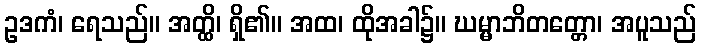
ဥဒကံ၊ ရေသည်။ အတ္ထိ၊ ရှိ၏။ အထ၊ ထိုအခါ၌။ ဃမ္မာဘိတတ္တော၊ အပူသည်